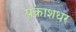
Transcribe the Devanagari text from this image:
प्रकाशधर